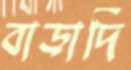
বাড়াদি